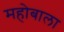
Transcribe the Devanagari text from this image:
महोबाला